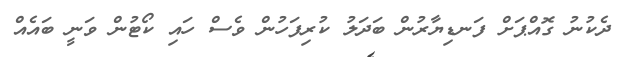
ދެކުނު ގޮއްޕަށް ފަނޑިޔާރުން ބަދަލު ކުރިފަހުން ވެެސް ހައި ކޯޓުން ވަނީ ބައެއް